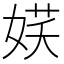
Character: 𡝩